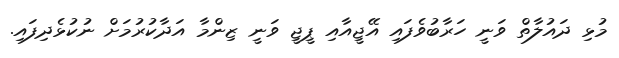
މުޅި ދައުލާތް ވަނީ ހަރާބުވެފައި އޭޖީއާއި ޕީޖީ ވަނީ ޒިންމާ އަދާކުރުމަށް ނުކުޅެދިފައި.